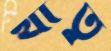
খাতু